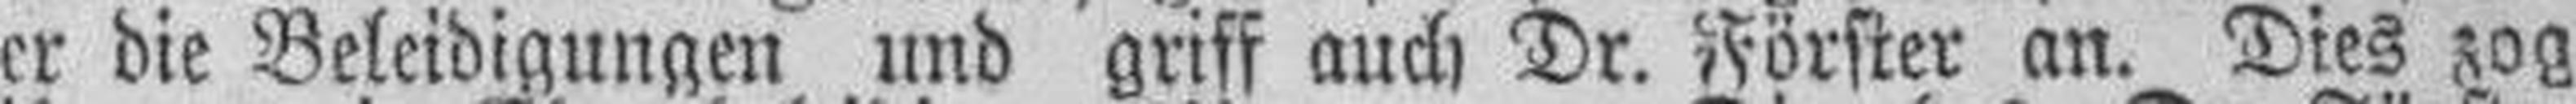
er die Beleidigungen und griff auch Dr. Förster an. Dies zog